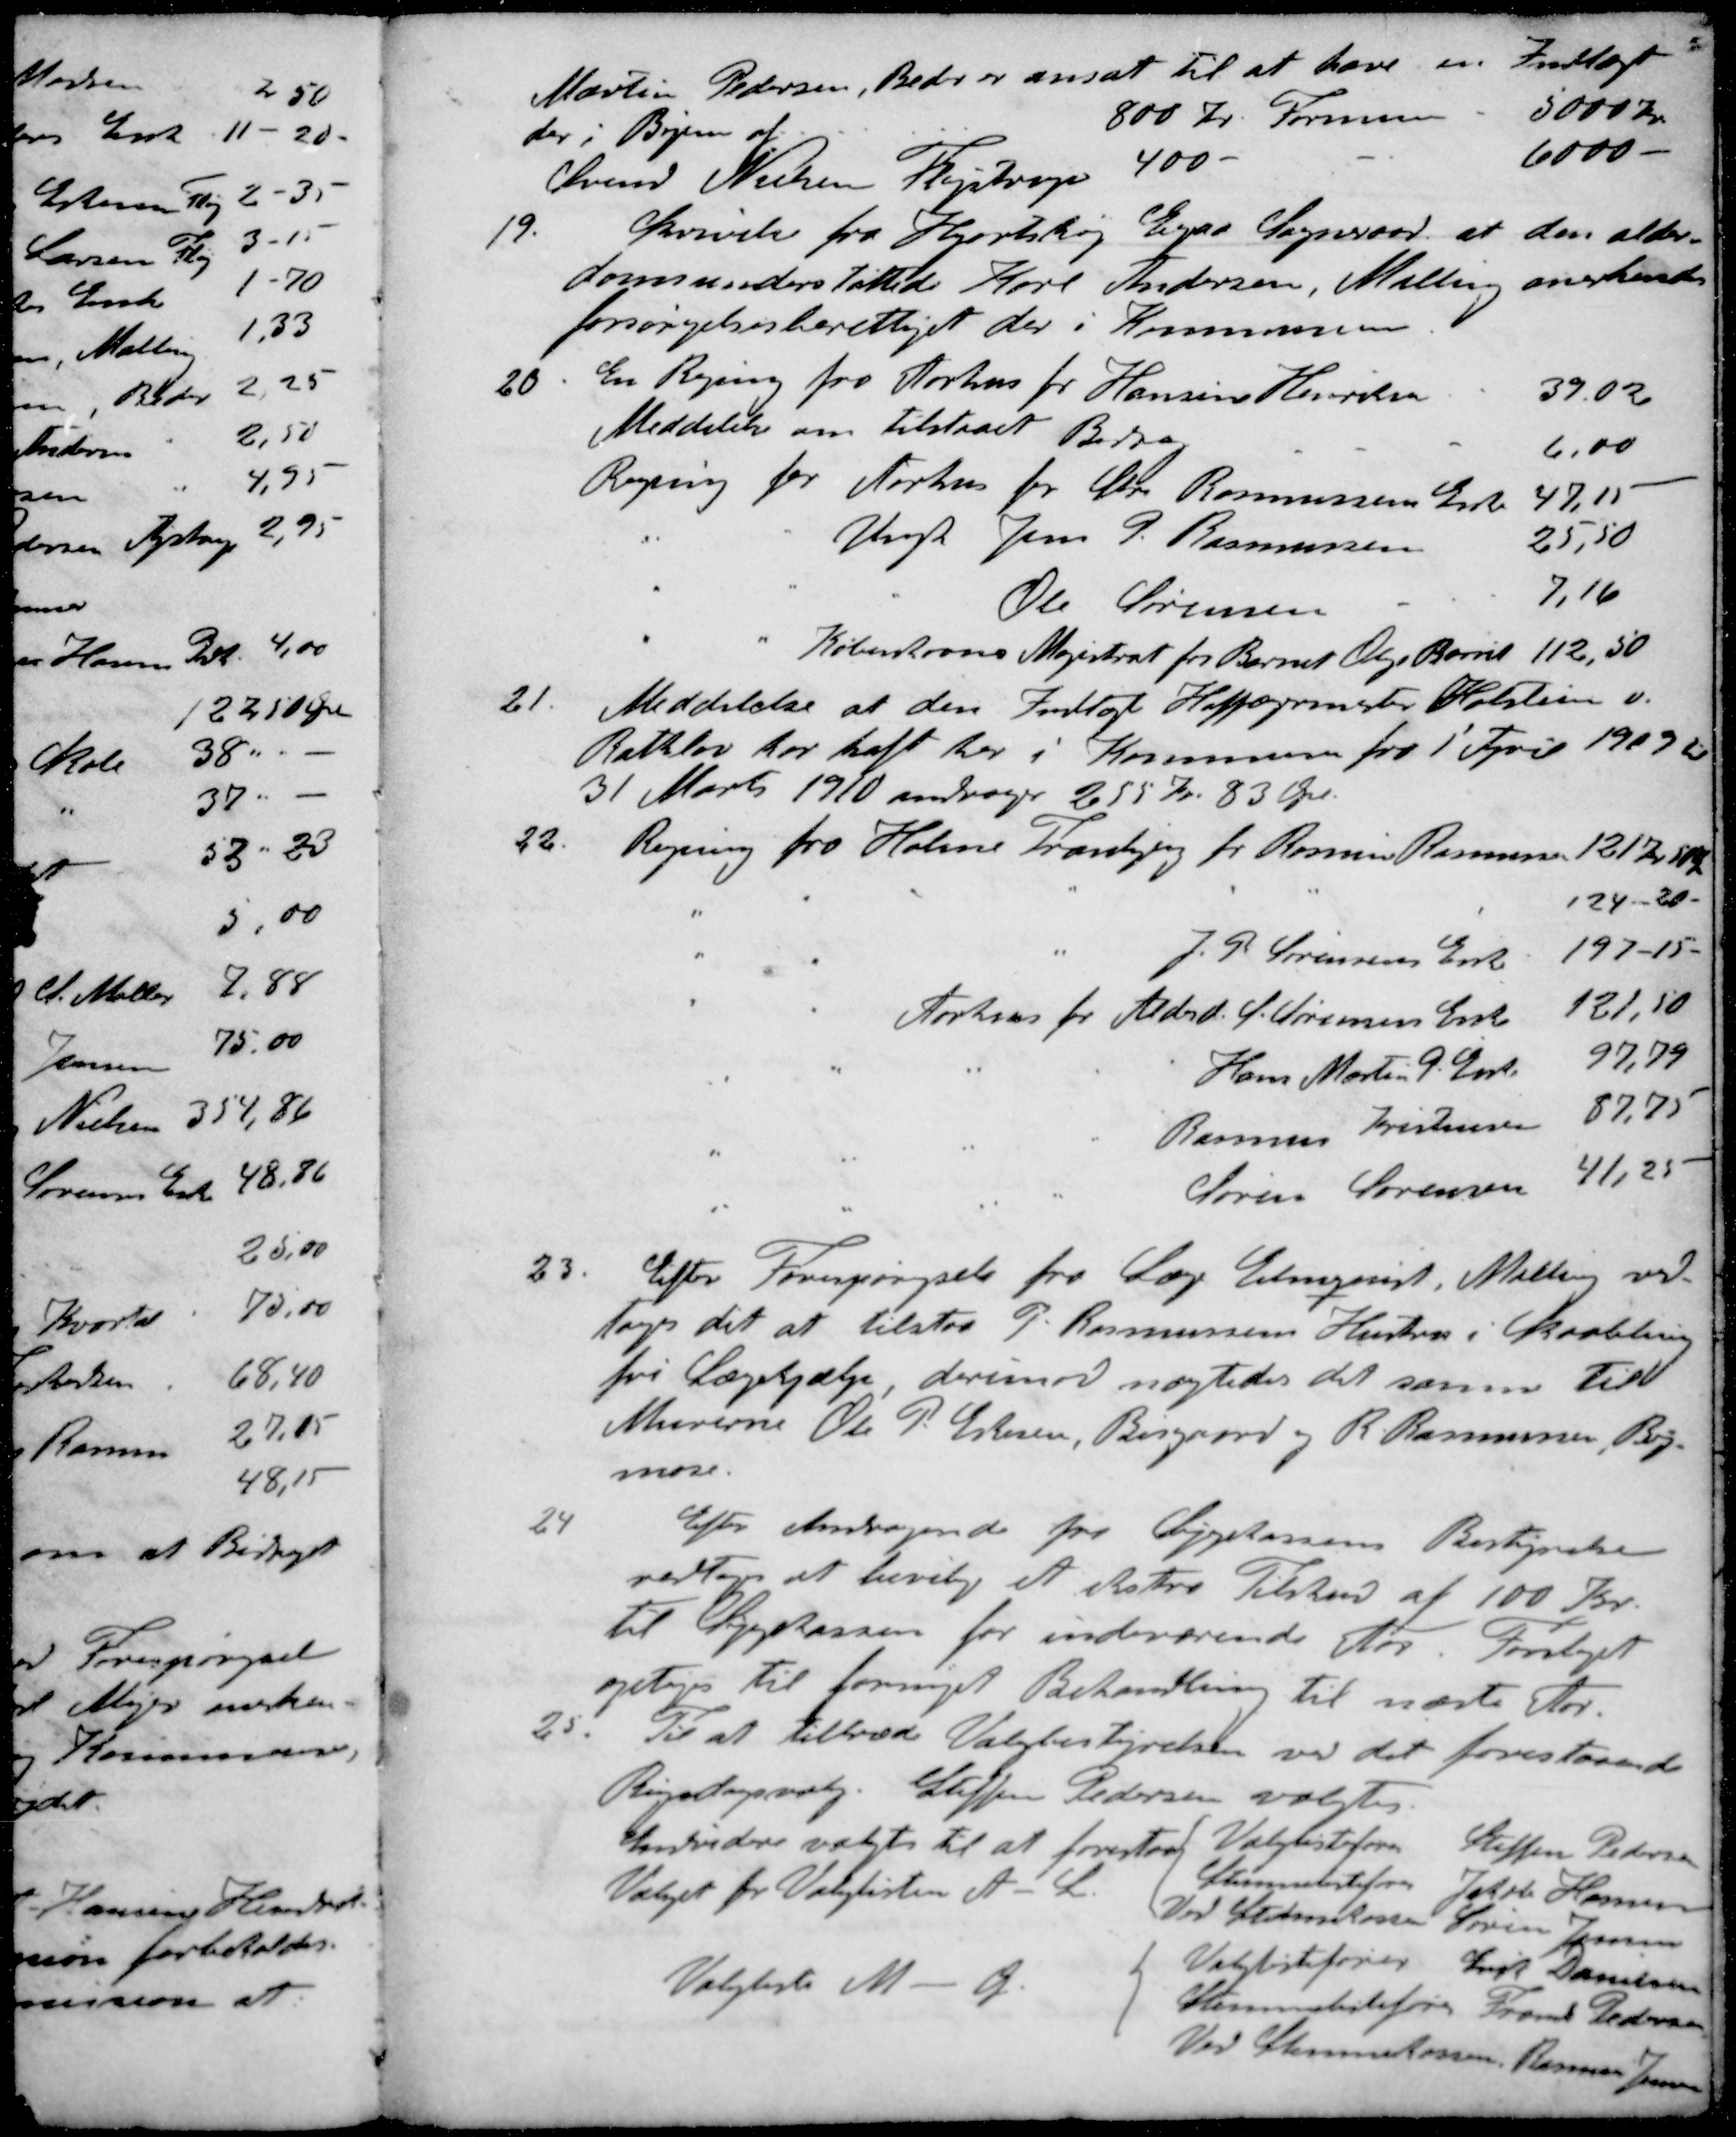
Transskription:
Martin Pedersen, Beder er ansat til at have en Indtægt
der i Byen af 800 Kr. Formuen 5000 Kr.
Svend Nielsen Fløjstrup 400 - - 6000 -
19. Skrivelse fra Hjortshøj Egaa Sogneraad, at den alder-
domsunderstøttede Karl Andersen, Malling anerkendes
forsørgelsesberettiget der i Kommunen
20. En Regning fra Aarhus for Hansine Henriksen 39,02
Meddelelse om tilstaaet Bidrag 6,00
Regning for Aarhus for Chr. Rasmussens Enke 47,15
" " Ungk Jens P. Rasmussen 25,50
" " " Ole Sørensen 7,16
" " Københavns Magistrat for Barnet Olga Barrit 112,50
Meddelelse at den Indtægt Hofjægermester Holstein v.
Rathlov for haft her i Kommune fra 1 April 1909 til
31 Marts 1910 andrager 255 Kr. 83 Øre.
22. Regning fra Holme Tranbjerg for Rasmus Rasmussen 121 Kr 50 Ø
" " " " " " " 124-20.
" " " J. P. Sørensens Enk 197-15.
" " Aarhus for Alderd. S. Sørensens Enke 121,50
" " " " " Hans Martin P. Enke 97,79
" " " " Rasmus Kristensen 87,75
" " " " Søren Sørensen 41,25
33. Efter Forespørgsel fra Læge Elmquist, Malling ved-
toges det at tilstaa P. Rasmussens Hustru i Skaabling
fri Lægehjælp derimod nægtedes det samme til
Murerne Ole P. Eskesen, Bisgaard og R. Rasmussen, By-
mose.
24 Efter Andragende fra Sygekassens Bestyrelse
vedtoges at bevilge et ekstra Tilskud af 100 Kr.
til Sygekassen for indeværende Aar. Forslaget
optages til fornyet Behandling til næste Aar
25. Til at tiltræde Valgbestyrelsen ved det forestaaende
Rigdagsvalg. Steffen Pedersen valgtes.
Endvidere valgt til at forestaa
Valget for Valglisten A. L. 
Valglistefører Steffen Pedersen
Stemmelistefører Jakob Hansen
Ved Stemmekassen Søren Jensen
Valgliste M. - A
 Valglistefører Erik Danielsen
Stemmelistefører Frans Pedersen
Ved Stemmekassen Rasmus Jensen